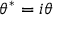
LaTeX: \theta ^ { * } = i \theta